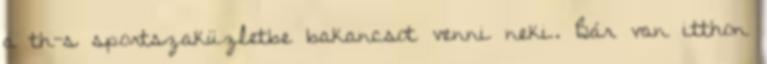
a th-s sportszaküzletbe bakancsot venni neki. Bár van itthon